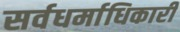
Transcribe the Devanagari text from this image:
सर्वधर्माधिकारी